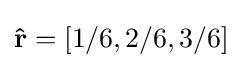
\mathbf {\hat {r}} =[1/6,2/6,3/6]